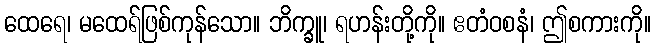
ထေရေ၊ မထေရ်ဖြစ်ကုန်သော။ ဘိက္ခူ၊ ရဟန်းတို့ကို။ ဧတံဝစနံ၊ ဤစကားကို။